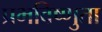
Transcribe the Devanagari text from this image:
प्रभविष्णुता